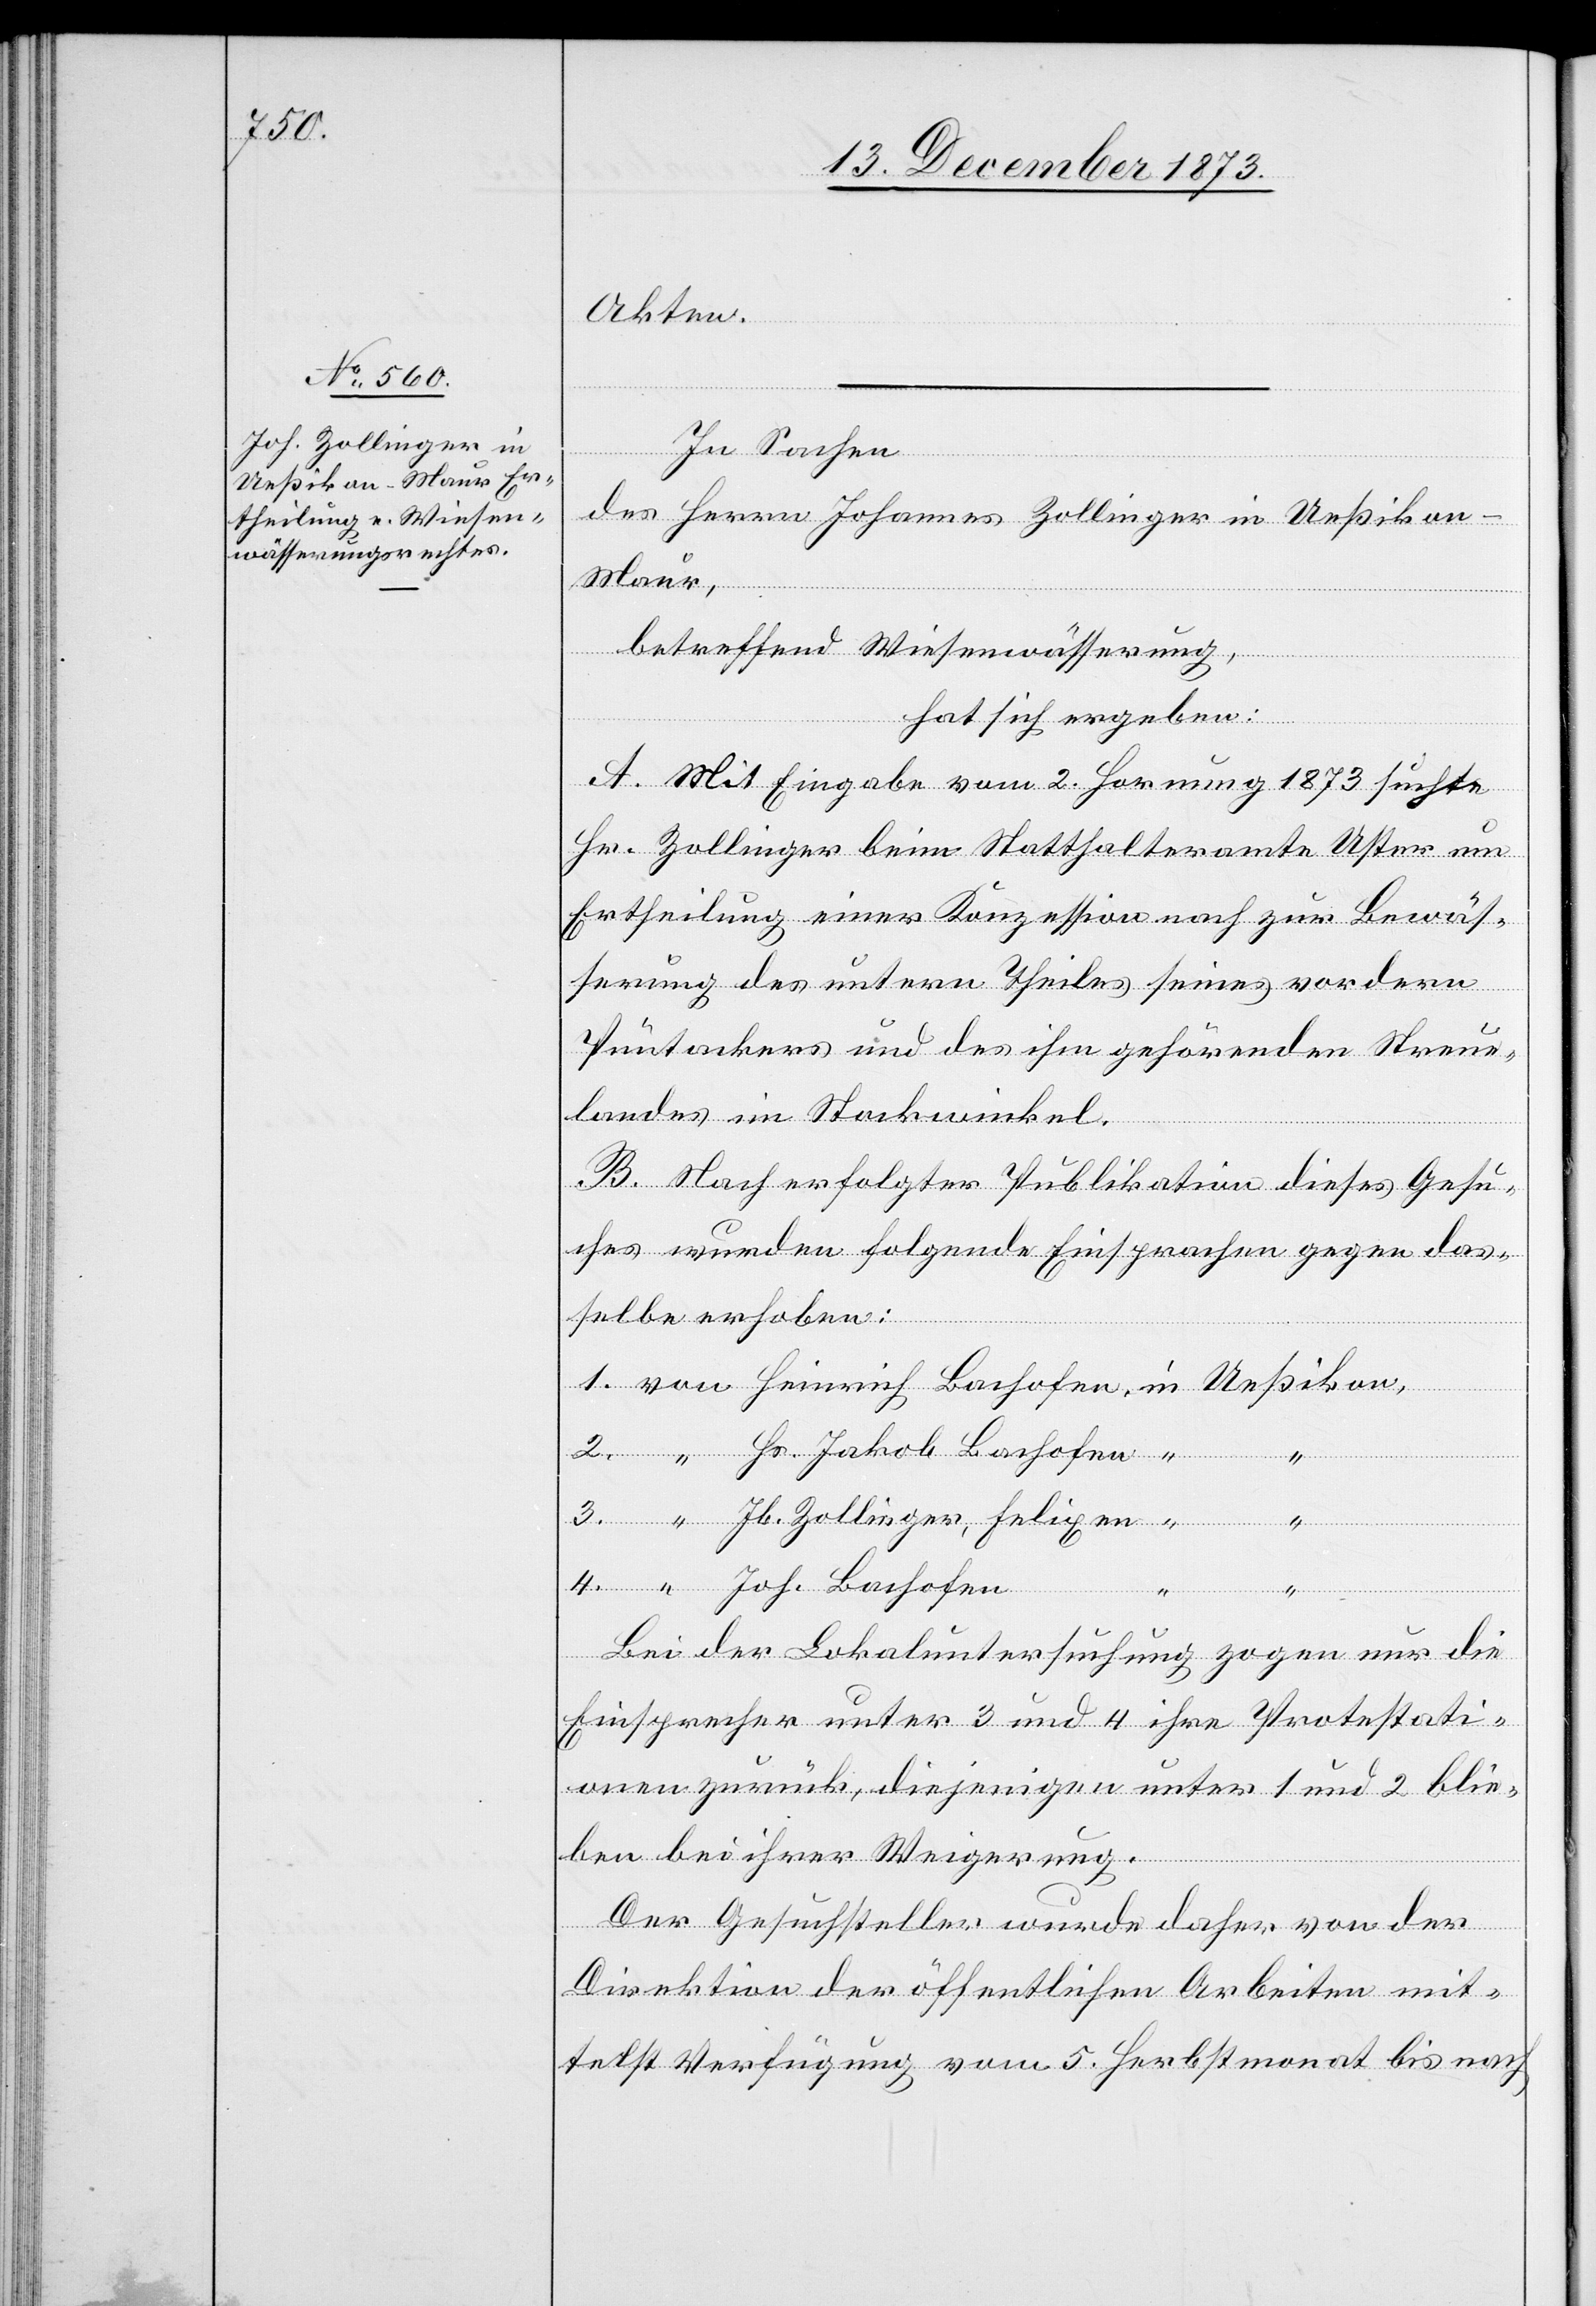
Akten.
In Sachen
des Herrn Johannes Zollinger in Ueßikon
Maur,
Heinrich
betreffend Wiesenwässerung,
hat sich ergeben:
A. Mit Eingabe vom 2. Hornung 1873 suchte
Hr. Zollinger beim Statthalteramte Uster um
Ertheilung einer Konzession nach zur Bewäs¬
serung des untern Theiles seines vordern
in
Püntackers und des ihm gehörenden Streue¬
landes im Stockwinkel.
B. Nach erfolgter Publikation dieses Gesu¬
ches wurden folgende Einsprachen gegen das¬
selbe erhoben:
Hs. Jakob Bachofen
4.
Bei der Lokaluntersuchung zogen nur die
Einsprecher unter 3 und 4 ihre Protestati¬
onen zurück, diejenigen unter 1 und 2 blie¬
ben bei ihrer Weigerung.
Der Gesuchsteller wurde daher von der
Direktion der öffentlichen Arbeiten mit¬
telst Verfügung vom 5. Herbstmonat bis nach